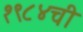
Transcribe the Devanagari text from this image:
१९८४ची